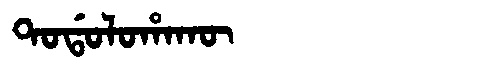
Manchu: ᡨᠣᡩᠣᠯᠣᡥᠠᡴᡡ
Romanization: TODOLOHAKŪ